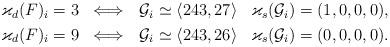
LaTeX: \begin{align*}\begin{aligned} & \varkappa_d(F)_i=3 & \Longleftrightarrow & \quad\mathcal{G}_i\simeq\langle 243,27\rangle & \varkappa_s(\mathcal{G}_i)=(1,0,0,0), \\ & \varkappa_d(F)_i=9 & \Longleftrightarrow & \quad\mathcal{G}_i\simeq\langle 243,26\rangle & \varkappa_s(\mathcal{G}_i)=(0,0,0,0).\end{aligned}\end{align*}